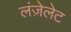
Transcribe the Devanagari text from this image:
लंज़ेलेट